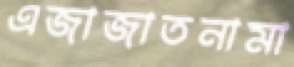
এজাজাতনামা